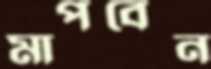
মাপবেন